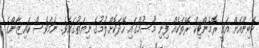
ކެބިންއަށް އައީ ރޮމެންޓިކް ރޭތަކެއް ފިނި މޫސުމްގައި ހޭދަކޮށްލުމުގެ ނިޔަތުގައެވެ. ނަމަވެސް ކައިޒާންގެ